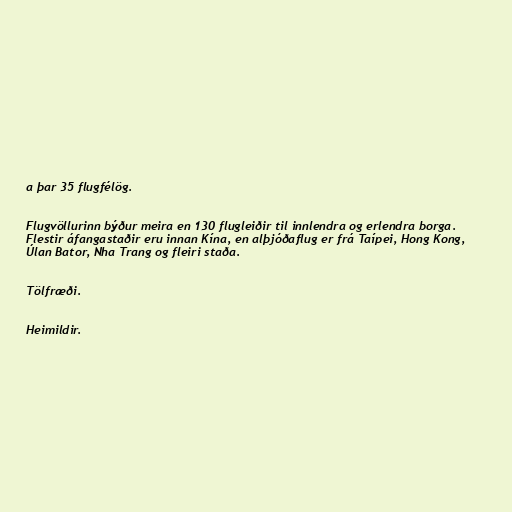
a þar 35 flugfélög.

Flugvöllurinn býður meira en 130 flugleiðir til innlendra og erlendra borga.
Flestir áfangastaðir eru innan Kína, en alþjóðaflug er frá Taípei, Hong Kong,
Úlan Bator, Nha Trang og fleiri staða.

Tölfræði.

Heimildir.